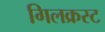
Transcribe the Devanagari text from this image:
गिलक्रस्ट